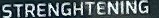
STRENGHTENING